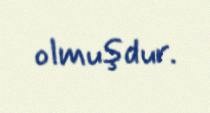
olmuşdur.